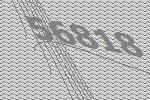
56818